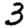
Digit: 3